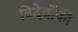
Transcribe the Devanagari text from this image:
त्रिदेवोंकी